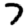
Digit: 7